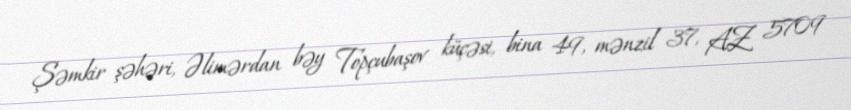
Şəmkir şəhəri, Əlimərdan bəy Topçubaşov küçəsi, bina 49, mənzil 37, AZ 5709